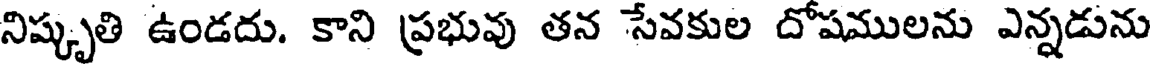
నిష్కృతి ఉండదు. కాని ప్రభువు తన సేవకుల దోషములను ఎన్నడును